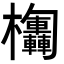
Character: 𣡴